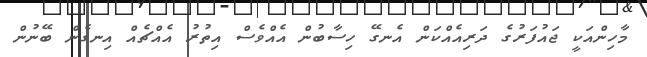
މާހިންއަކީ ޖައުފަރުގެ ދަރިއެއްކަން އެނގޭ ހިސާބުން އެއްވެސް އިތުރު އެއްޗެއް އިނގެން ބޭނުން